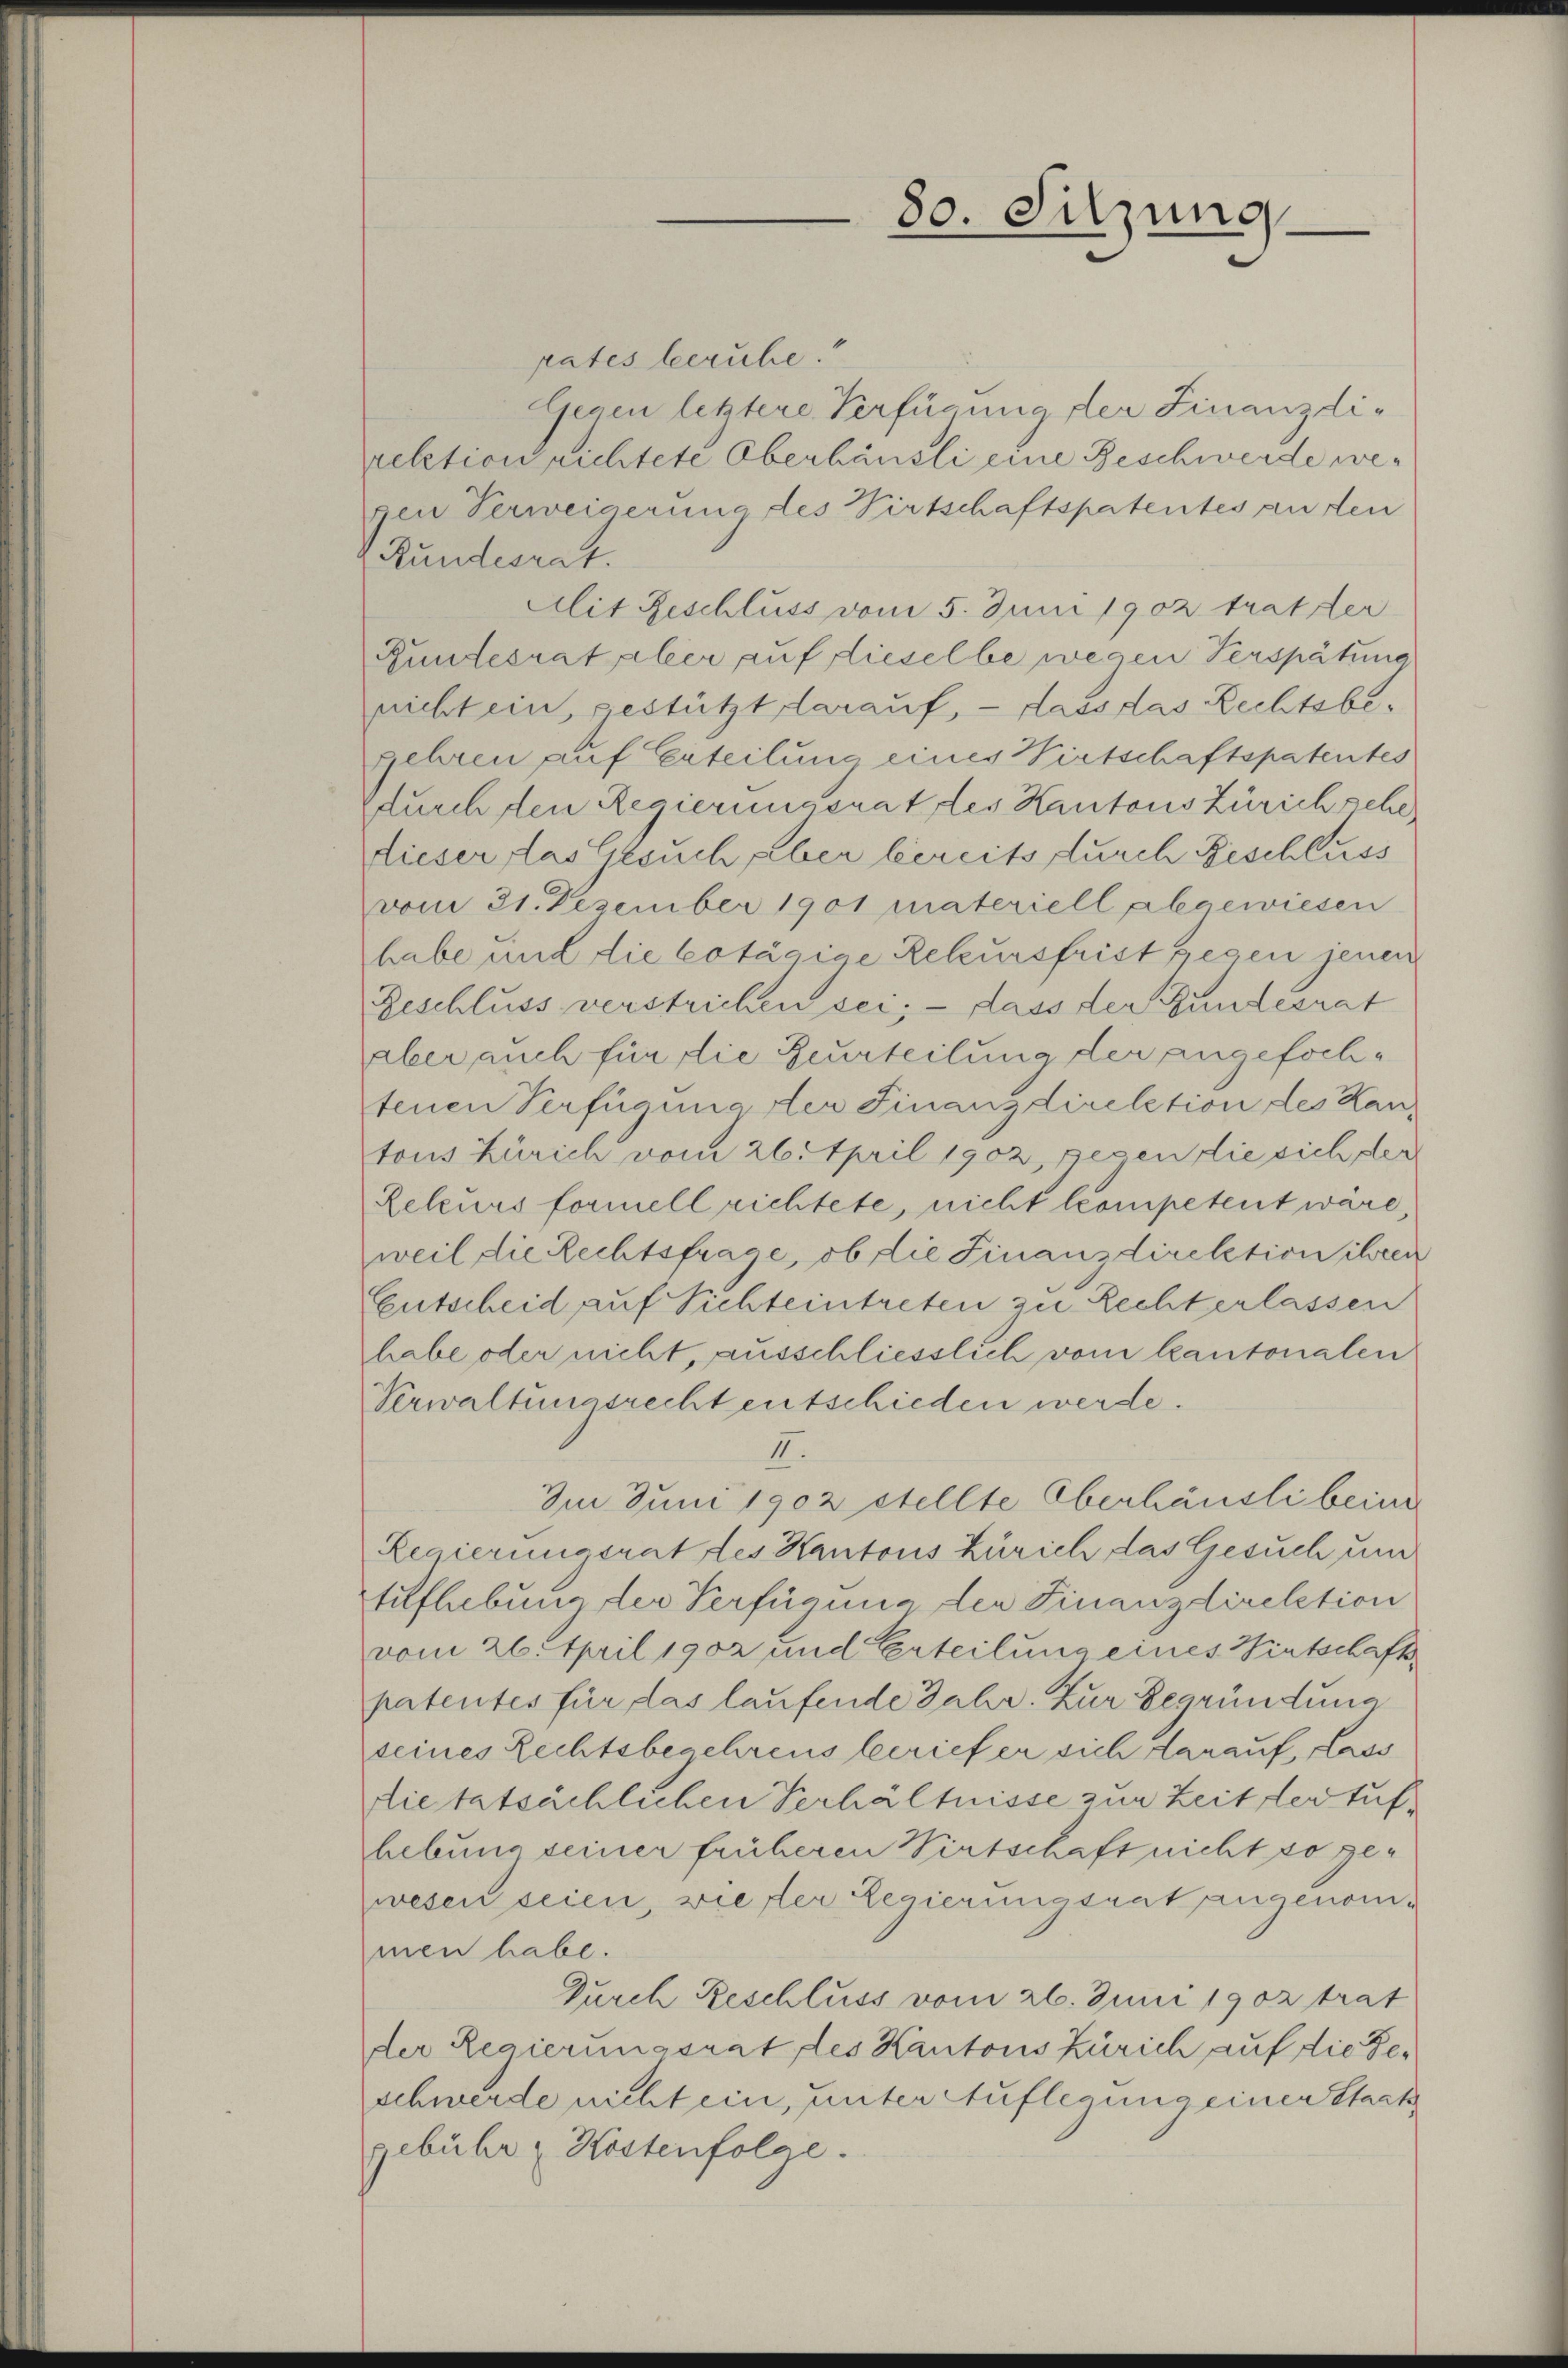
80. Sitzung

rates beruhe.
Gegen letztere Verfügung der Finanzdirelation richtete Oberbausli eine Beschwerde wegen Verweigerung des Wirtschaftspatentes an den
Rundesrat.
Alit Geschluss vom 5. Juni 1902 trat ter
Gundesrat aber auf dieselbe wegen Verspätung
nicht ein, gestützt darauf, - dass das Rechtsbegehren auf Erteilung eines Wirtschaftspatentes
durch den Regierungsrat des Kantons Zürich sehe
dieser das Gesuch aber bereits durch Geschluss
vom 31. Dezember 1901 materiell abgewiesen
habe und die Cotägige Releursfrist gegen jenen
Beschluss verstrichen sei; - dass der Bundesrat
aber auch für die Beurteilung der angefochtenen Verfügungster Finanzdirelation des Kan-
tons Zürich vom 26. April 1902, gegen die sich der
Releurs formell richtete, nicht competent wäre,
weil die Rechtsfrage, ob die Finanzdirektion ihren
Entscheid auf Sichteintreten zu Rechterlassen
habe oder nicht, ausschliesslich vom kantonalen
Verwaltungsrecht entschieden werde.
II.
Im Juni 1902 stellte Oberhäusli bei
Regierungsrat des Kantons Zürich das Gesuch um
tuflebung der Verfügung der Finanzdirektion
vom 26. April 1902 und Erteilung eines Wirtschaft
patentes für das laufende Jahr. Zur Begründung
seines Rechtsbegehrens berief er sich darauf, dass
dietatsächlichen Verhältnisse zur Zeit der tufhebung seiner früheren Wirtschaft nicht so gewesen seien, wie der Regierungsrat angenommen habe.
Durch Beschluss vom 26. Juni 1902 trat
der Regierungsrat des Kantons Zürich auf die Geschwerde nicht ein, unter Auflegung einer Staat
gebühr Kostenfolge.